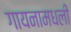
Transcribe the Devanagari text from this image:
गायनामधली